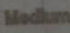
Medium